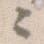
々